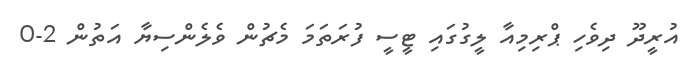
އުރީދޫ ދިވެހި ޕްރިމިއާ ލީގުގައި ޓީސީ ފުރަތަމަ މެޗުން ވެލެންސިޔާ އަތުން 2-0